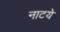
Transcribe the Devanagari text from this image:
नाटये